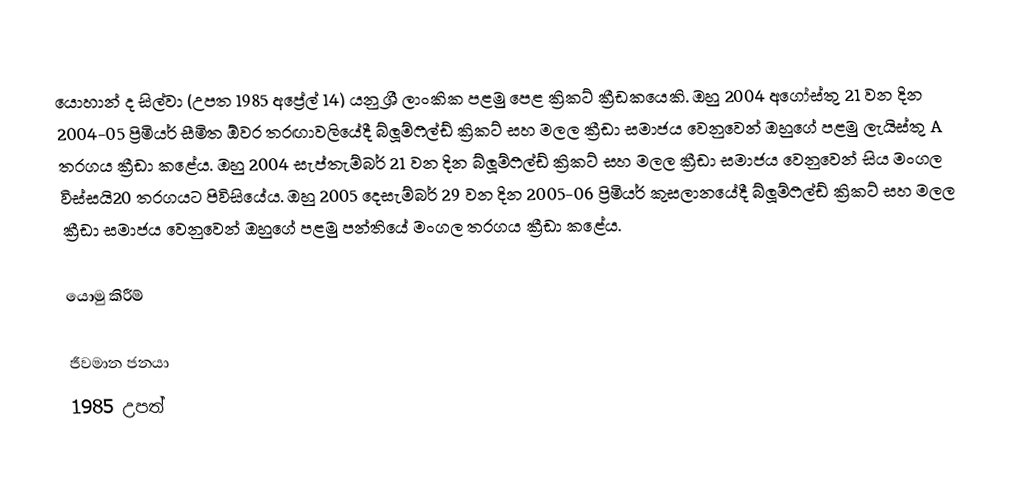
යොහාන් ද සිල්වා (උපත 1985 අප්‍රේල් 14) යනු ශ්‍රී ලාංකික පළමු පෙළ ක්‍රිකට් ක්‍රීඩකයෙකි. ඔහු 2004 අගෝස්තු 21 වන දින 2004-05 ප්‍රිමියර් සීමිත ඕවර තරඟාවලියේදී බ්ලූම්ෆීල්ඩ් ක්‍රිකට් සහ මලල ක්‍රීඩා සමාජය වෙනුවෙන් ඔහුගේ පළමු ලැයිස්තු A තරගය ක්‍රීඩා කළේය. ඔහු 2004 සැප්තැම්බර් 21 වන දින බ්ලූම්ෆීල්ඩ් ක්‍රිකට් සහ මලල ක්‍රීඩා සමාජය වෙනුවෙන් සිය මංගල විස්සයි20 තරගයට පිවිසියේය. ඔහු 2005 දෙසැම්බර් 29 වන දින 2005-06 ප්‍රිමියර් කුසලානයේදී බ්ලූම්ෆීල්ඩ් ක්‍රිකට් සහ මලල ක්‍රීඩා සමාජය වෙනුවෙන් ඔහුගේ පළමු පන්තියේ මංගල තරගය ක්‍රීඩා කළේය.

යොමු කිරීම්

ජීවමාන ජනයා
1985 උපත්